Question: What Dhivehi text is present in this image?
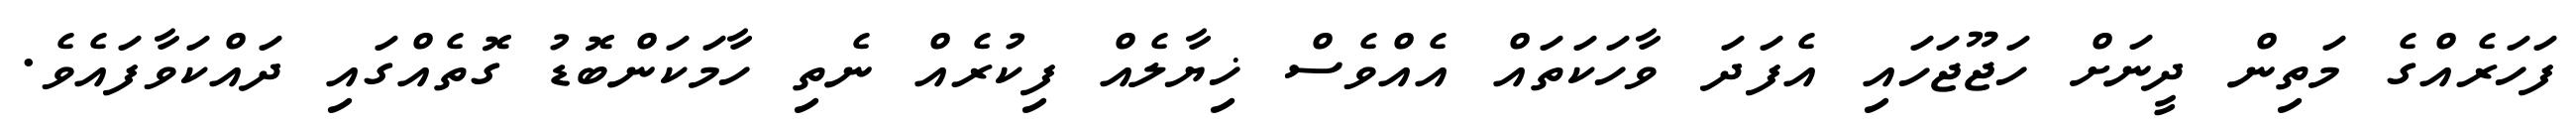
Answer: ފަހަރެއްގެ މަތިން ދީނަށް ހަޖޫޖަހައި އެފަދަ ވާހަކަތައް އެއްވެސް ޚިޔާލެއް ފިކުރެއް ނެތި ހާމަކަންބޮޑު ގޮތެއްގައި ދައްކަވާފައެވެ.